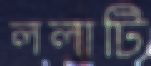
ললাটি